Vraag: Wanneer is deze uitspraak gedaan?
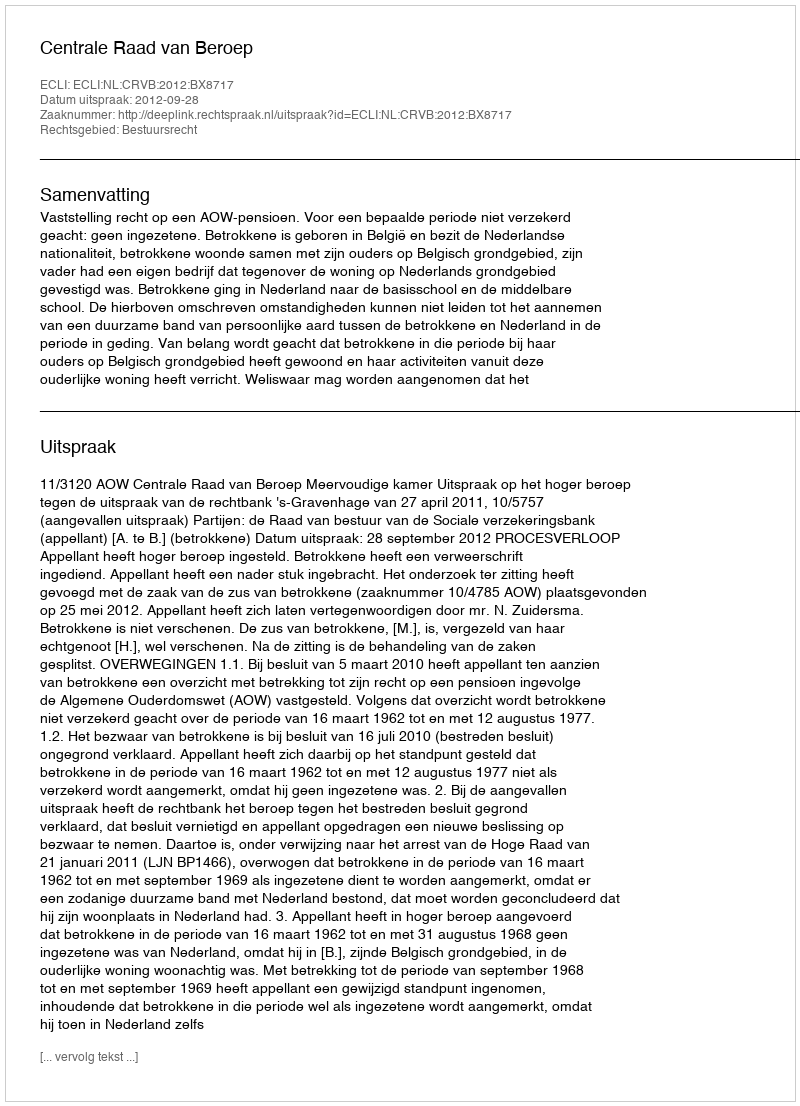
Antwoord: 2012-09-28